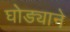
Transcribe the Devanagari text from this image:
घोड्याने